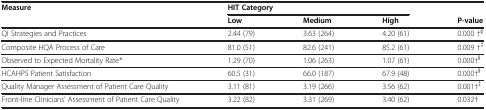
<table><thead><tr><td rowspan="2"><b>Measure</b></td><td colspan="3"><b>HIT Category</b></td><td rowspan="2"><b>P-value</b></td></tr><tr><td><b>Low</b></td><td><b>Medium</b></td><td><b>High</b></td></tr></thead><tbody><tr><td>QI Strategies and Practices</td><td>2.44 (79)</td><td>3.63 (264)</td><td>4.20 (61)</td><td>0.000 †<sup>§</sup></td></tr><tr><td>Composite HQA Process of Care</td><td>81.0 (51)</td><td>82.6 (241)</td><td>85.2 (61)</td><td>0.009 †<sup>‡</sup></td></tr><tr><td>Observed to Expected Mortality Rate*</td><td>1.29 (70)</td><td>1.06 (263)</td><td>1.07 (61)</td><td>0.000†<sup>§</sup></td></tr><tr><td>HCAHPS Patient Satisfaction</td><td>60.5 (31)</td><td>66.0 (187)</td><td>67.9 (48)</td><td>0.000†<sup>§</sup></td></tr><tr><td>Quality Manager Assessment of Patient Care Quality</td><td>3.11 (81)</td><td>3.19 (266)</td><td>3.56 (62)</td><td>0.001†<sup>‡</sup></td></tr><tr><td>Front-line Clinicians’ Assessment of Patient Care Quality</td><td>3.22 (82)</td><td>3.31 (269)</td><td>3.40 (62)</td><td>0.032†</td></tr></tbody></table>